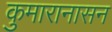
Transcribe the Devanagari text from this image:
कुमारानासन